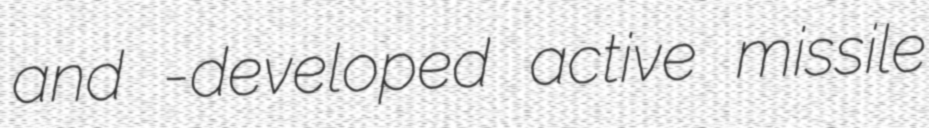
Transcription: and -developed active missile